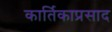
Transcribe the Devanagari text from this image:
कार्तिकाप्रसाद